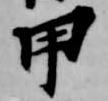
甲